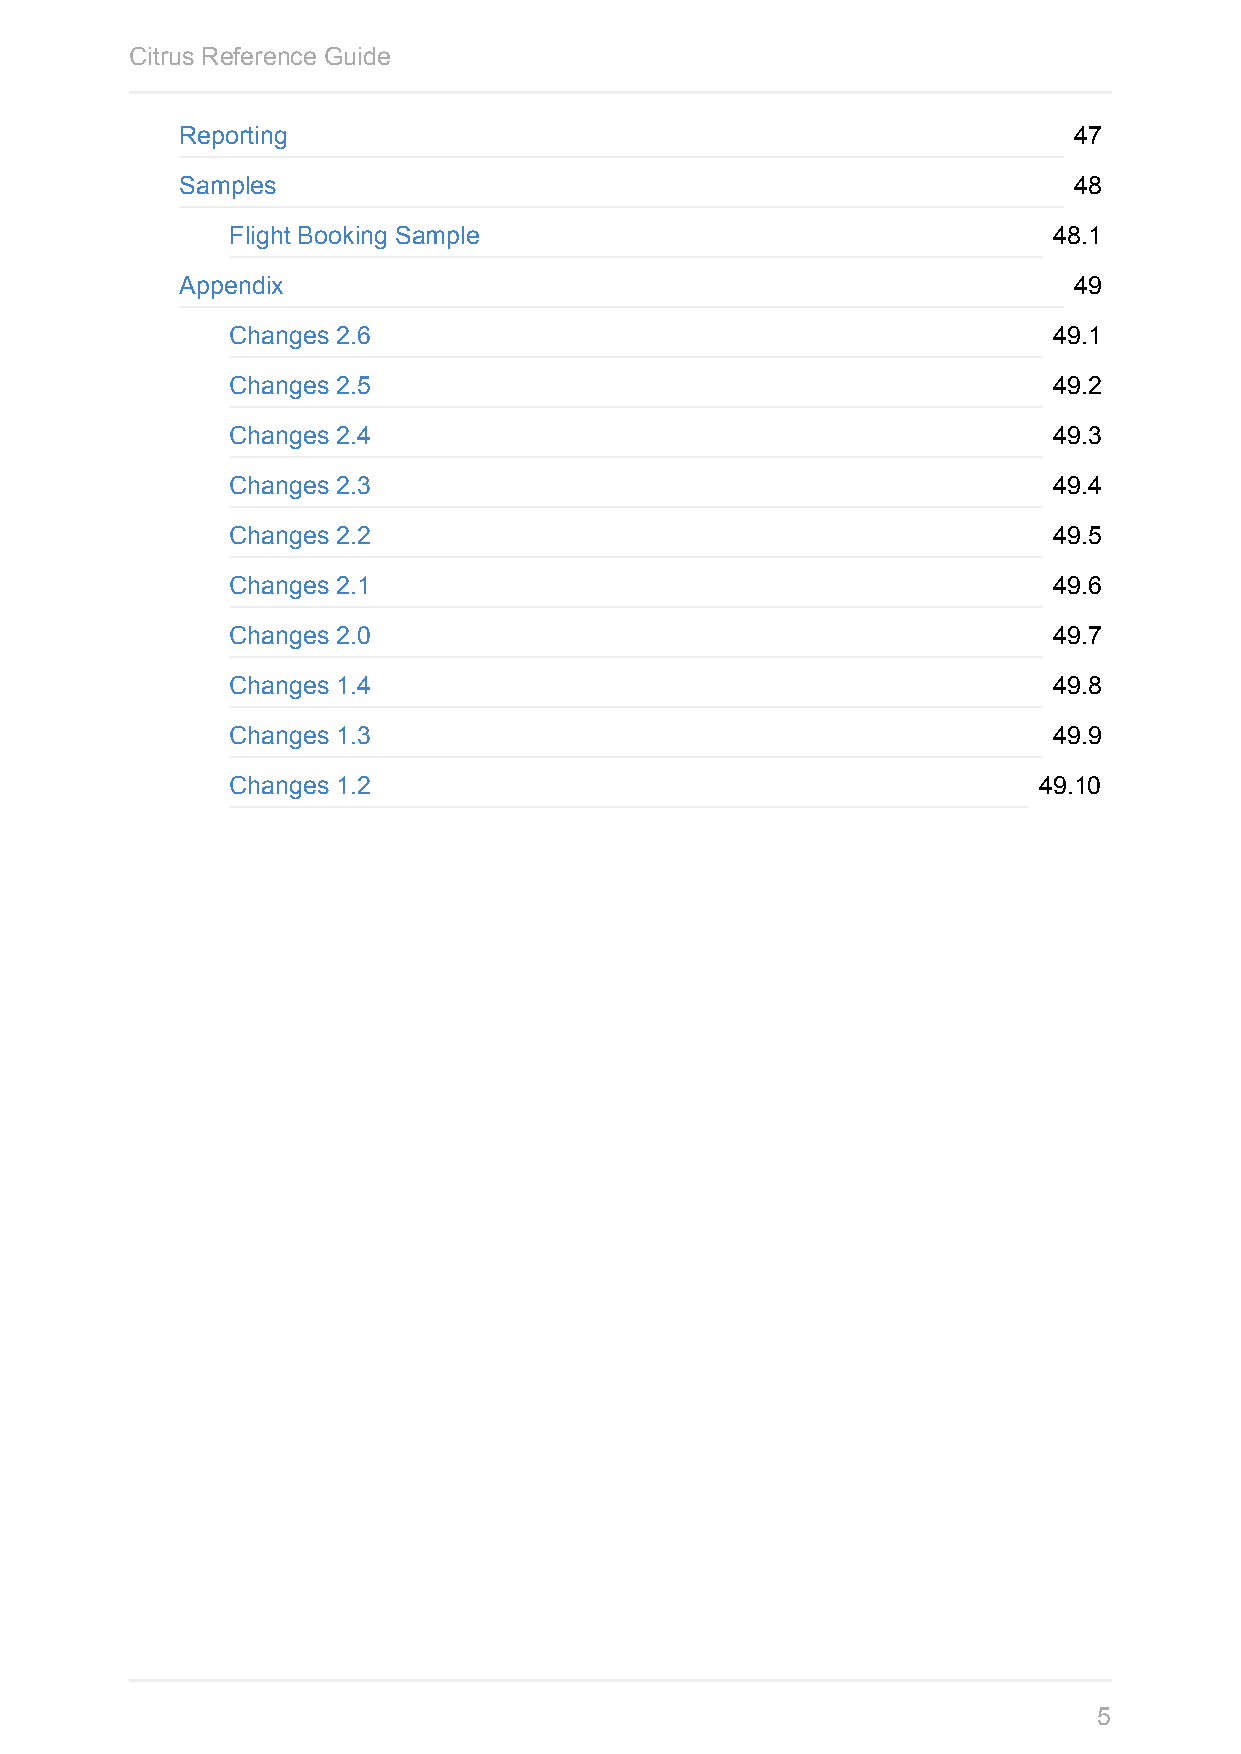
Citrus Reference Guide
 Reporting                                                  47
 Samples                                                    48
 Flight Booking Sample                                  48.1
 Appendix                                                   49
 Changes 2.6                                            49.1
 Changes 2.5                                            49.2
 Changes 2.4                                            49.3
 Changes 2.3                                            49.4
 Changes 2.2                                            49.5
 Changes 2.1                                            49.6
 Changes 2.0                                            49.7
 Changes 1.4                                            49.8
 Changes 1.3                                            49.9
 Changes 1.2                                           49.10
 5